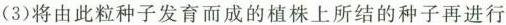
(3)将由此粒种子发育而成的植株上所结的种子再进行